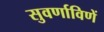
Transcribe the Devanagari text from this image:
सुवर्णाविणें